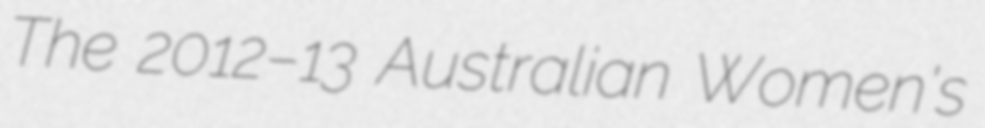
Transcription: The 2012–13 Australian Women's